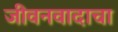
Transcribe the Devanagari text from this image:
जीवनवादाचा